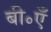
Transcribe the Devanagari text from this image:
बी॰एँ